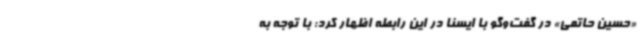
«حسین حاتمی» در گفت‌وگو با ایسنا در این رابطه اظهار کرد: با توجه به